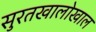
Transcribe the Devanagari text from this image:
सुरतखालोखाल